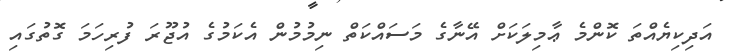
އަދިކިޔެއްތަ ކޮންމެ ޢާމިލަކަށް އޭނާގެ މަސައްކަތް ނިމުމުން އެކަމުގެ އުޖޫރަ ފުރިހަމަ ގޮތުގައި